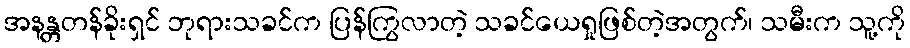
အနန္တတန်ခိုးရှင် ဘုရားသခင်က ပြန်ကြွလာတဲ့ သခင်ယေရှုဖြစ်တဲ့အတွက်၊ သမီးက သူ့ကို